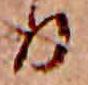
る